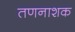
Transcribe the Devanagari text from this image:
तणनाशक